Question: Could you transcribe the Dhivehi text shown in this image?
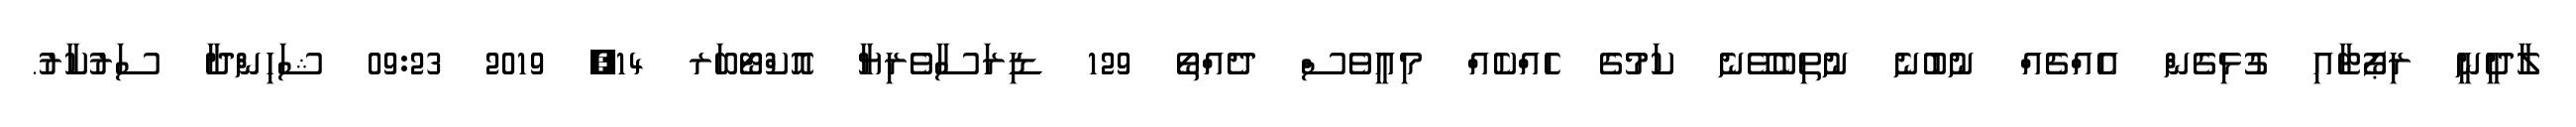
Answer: ލާދީނީ ރިޕޯޓާއި ގުޅިގެން އެއްޗެއް ނުބުނެ ނުތިބެވޭނެ ކަމުގެ ހެއްކެއް މިއީވެސް ދެއްތޯ 129 ޑިރަސާވެރިޔާ އޮކްޓޯބަރ 14, 2019 09:23 ޝަހިންދާ ސަރުކާރު.